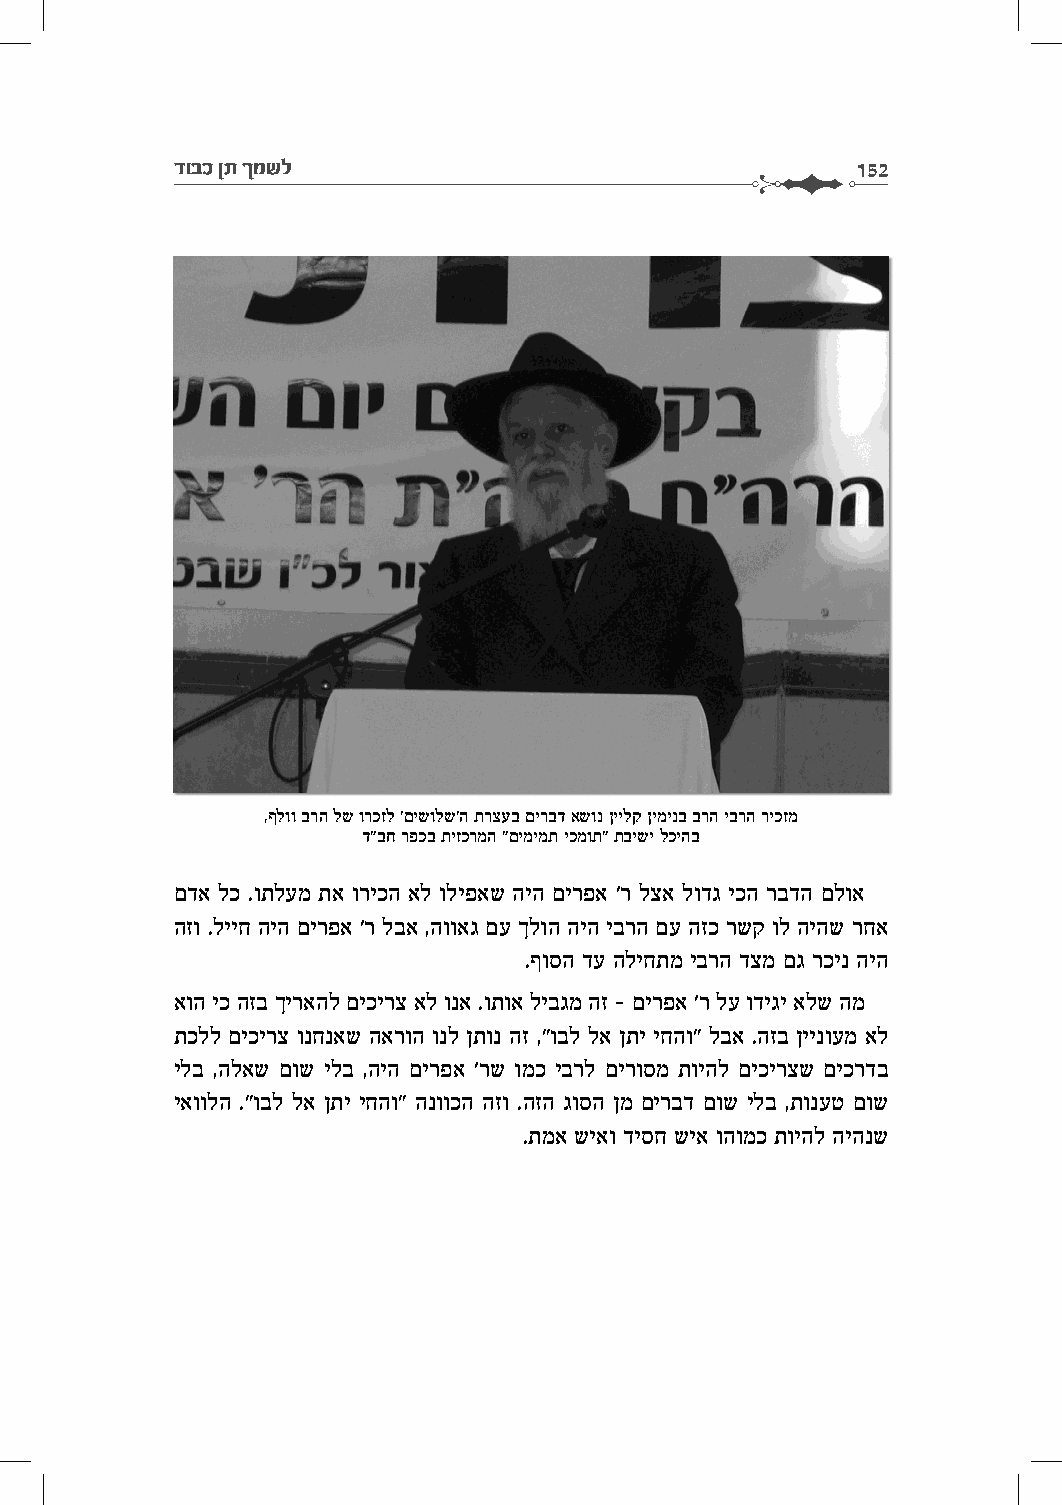
דובכ ןת ךמשל                                  152
 ,ףלוו ברה לש ורכזל 'םישולש'ה תרצעב םירבד אשונ ןיילק ןימינב ברה יברה ריכזמ
 ד"בח רפכב תיזכרמה "םימימת יכמות" תבישי לכיהב
 םדא לכ .ותלעמ תא וריכה אל וליפאש היה םירפא 'ר לצא לודג יכה רבדה םלוא
 הזו .לייח היה םירפא 'ר לבא ,הוואג םע ךלוה היה יברה םע הזכ רשק ול היהש רחא
 .ףוסה דע הליחתמ יברה דצמ םג רכינ היה
 אוה יכ הזב ךיראהל םיכירצ אל ונא .ותוא ליבגמ הז - םירפא 'ר לע ודיגי אלש המ
 תכלל םיכירצ ונחנאש הארוה ונל ןתונ הז ,"ובל לא ןתי יחהו" לבא .הזב ןיינועמ אל
 ילב ,הלאש םוש ילב ,היה םירפא 'רש ומכ יברל םירוסמ תויהל םיכירצש םיכרדב
 יאוולה ."ובל לא ןתי יחהו" הנווכה הזו .הזה גוסה ןמ םירבד םוש ילב ,תונעט םוש
 .תמא שיאו דיסח שיא והומכ תויהל היהנש